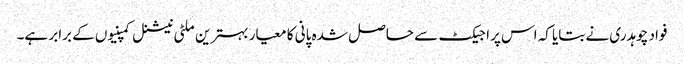
فواد چوہدری نے بتایا کہ اس پراجیکٹ سے حاصل شدہ پانی کا معیار بہترین ملٹی نیشنل کمپنیوں کے برابر ہے۔